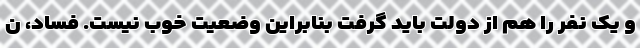
و یک نفر را هم از دولت باید گرفت بنابراین وضعیت خوب نیست. فساد، ن